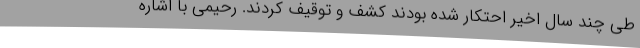
طی چند سال اخیر احتکار شده بودند کشف و توقیف کردند. رحیمی با اشاره